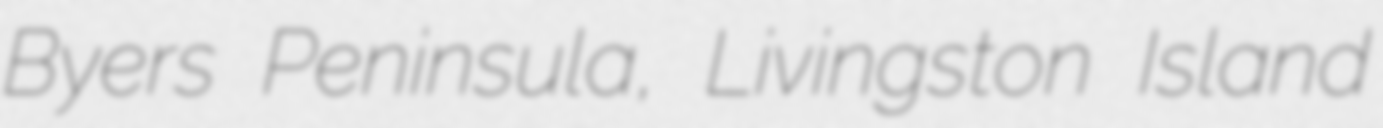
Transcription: Byers Peninsula, Livingston Island